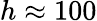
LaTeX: h\approx 100